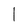
Character: 1